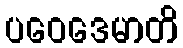
ပဝေဒေမာတိ